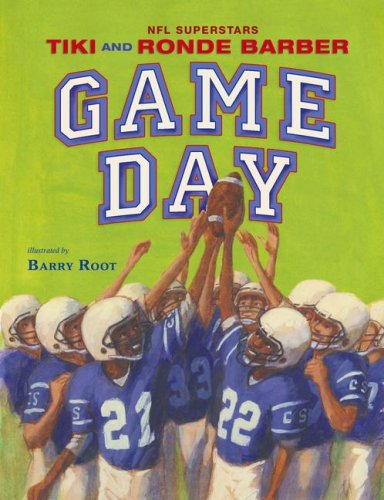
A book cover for Game Day (Paula Wiseman Books); Tiki Barber; Children's Books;